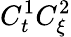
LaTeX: C_{t}^{1}C_{\xi}^{2}